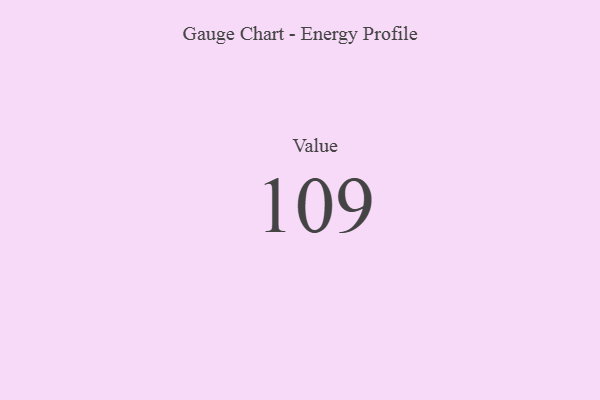
{"axis": {"x": "Metric", "y": "Value"}, "legend": [""], "data": [{"x": "Value", "y": 109, "type": ""}]}